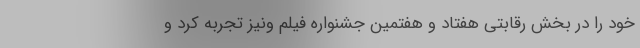
خود را در بخش رقابتی هفتاد و هفتمین جشنواره فیلم ونیز تجربه کرد و